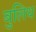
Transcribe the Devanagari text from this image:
बुलिथ